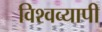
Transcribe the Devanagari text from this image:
विश्‍वव्‍यापी